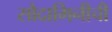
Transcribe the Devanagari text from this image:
सौदामिनीची